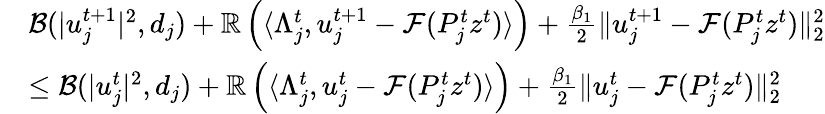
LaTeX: \begin{array}{rl}&{\mathcal{B}(|u_{j}^{t+1}|^{2},d_{j})+\mathbb{R}\left(\langle\Lambda_{j}^{t},u_{j}^{t+1}-\mathcal{F}(P_{j}^{t}z^{t})\rangle\right)+\frac{\beta_{1}}{2}\| u_{j}^{t+1}-\mathcal{F}(P_{j}^{t}z^{t})\| _{2}^{2}}\\ &{\leq\mathcal{B}(|u_{j}^{t}|^{2},d_{j})+\mathbb{R}\left(\langle\Lambda_{j}^{t},u_{j}^{t}-\mathcal{F}(P_{j}^{t}z^{t})\rangle\right)+\frac{\beta_{1}}{2}\| u_{j}^{t}-\mathcal{F}(P_{j}^{t}z^{t})\| _{2}^{2}}\end{array}